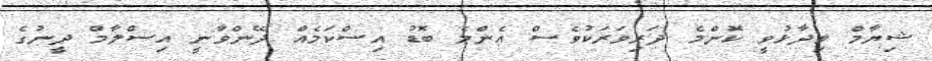
ޝިޔާމް ވިދާޅުވީ ކޮންމެ ދަރިވަރަކުވެސް އެންމެ ބޮޑު އިސްކަމެއް ދޭންވާނީ އިސްލާމް ދީނުގެ